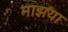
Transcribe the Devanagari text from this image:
माझया